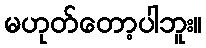
မဟုတ်တော့ပါဘူး။